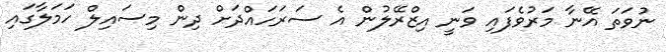
ނުވަތަ އޭނާ މަރުވެފައި ވަނީ އިޒްރޭލުން އެ ސަރަހައްދަށް ދިން މިސައިލް ހަމަލާގައި